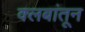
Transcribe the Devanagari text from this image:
क्लबांतून